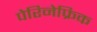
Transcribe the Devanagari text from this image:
पेरिनेफ्रिक